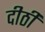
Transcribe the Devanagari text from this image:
दीठी